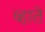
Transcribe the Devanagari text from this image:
व्हाते